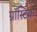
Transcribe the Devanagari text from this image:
ग्नॉस्टिक